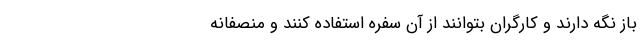
باز نگه دارند و کارگران بتوانند از آن سفره استفاده کنند و منصفانه